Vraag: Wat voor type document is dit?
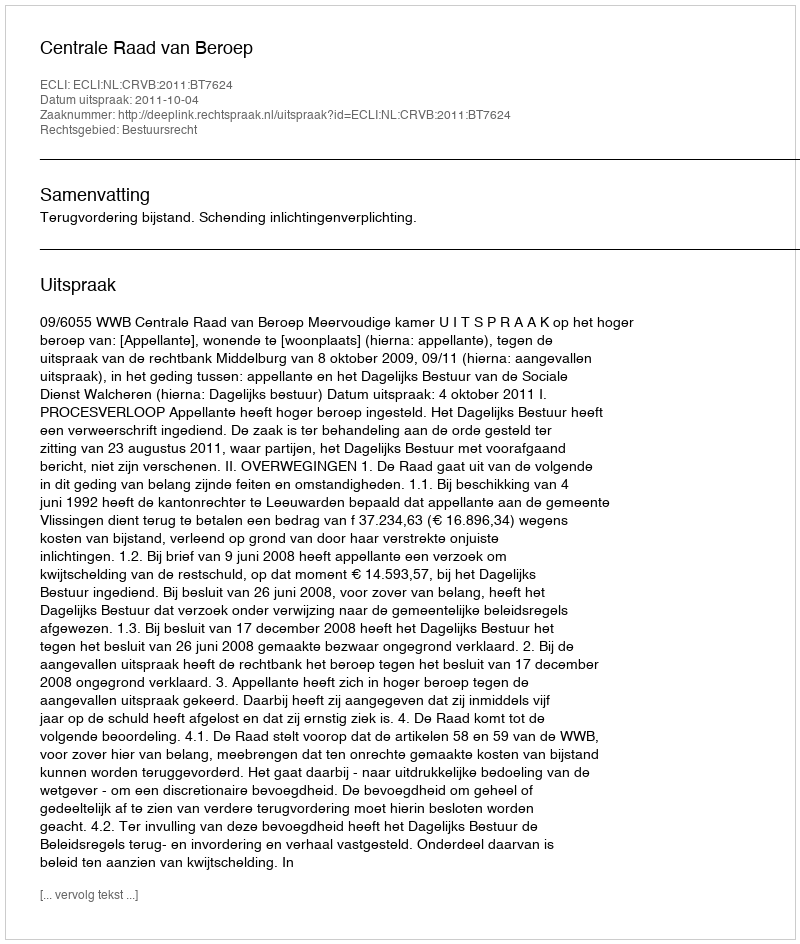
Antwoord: Uitspraak